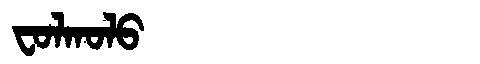
Manchu: ᠸᠣᠯᡴᠣᠯᠣ
Romanization: FOLKOLO